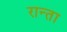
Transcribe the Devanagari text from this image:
रान्ता